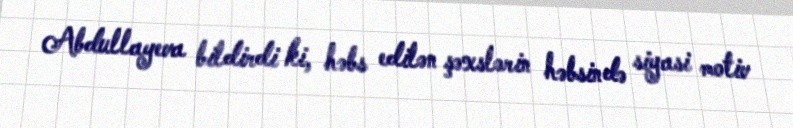
Abdullayeva bildirdi ki, həbs edilən şəxslərin həbsində siyasi motiv